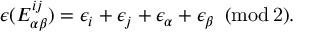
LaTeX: \epsilon ( E _ { \alpha \beta } ^ { i j } ) = \epsilon _ { i } + \epsilon _ { j } + \epsilon _ { \alpha } + \epsilon _ { \beta } \, \, \, ( \mathrm { m o d \, 2 } ) .